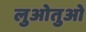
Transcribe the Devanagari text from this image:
लुओतुओ